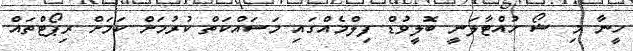
ހީނާ މި ޝޯ ހުއްޓާލަނީ ބޮލީވުޑް ފިލްމެއްގައި މަސައްކަތް ކުރުމަށް ކަމަށް ރިޕޯޓްތައް